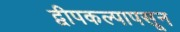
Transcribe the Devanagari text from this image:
द्वीपकल्पापसून